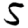
Digit: 5